Calcutta medical institutions reports 1879-81 [i.e.91]
Year: 1879
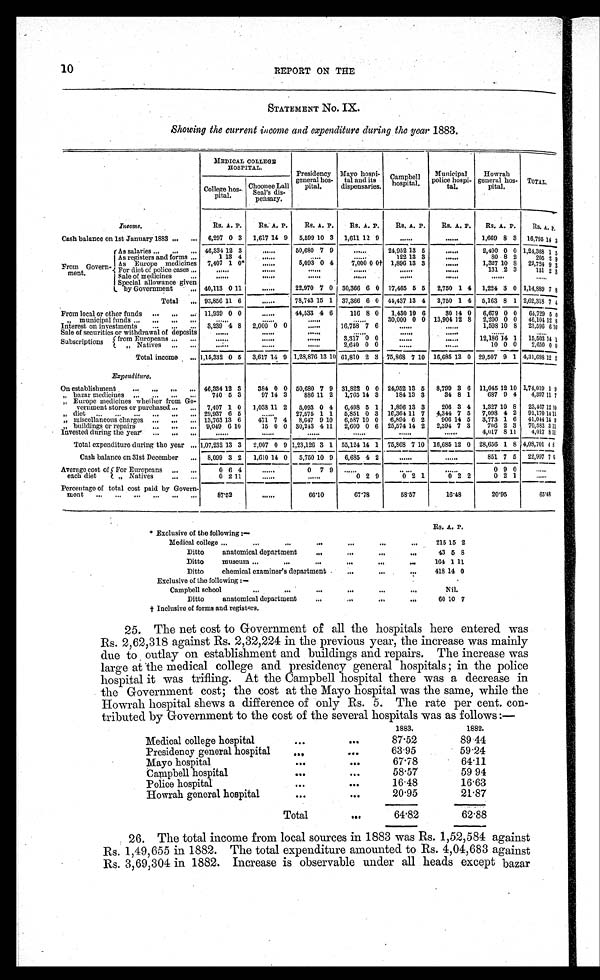
10
REPORT ON THE
STATEMENT No. IX.
Showing the current income and expenditure during the year 1883.
MEDICAL COLLEGE
HOSPITAL.
Presidency
general hos
pital.
Mayo hospi
tal and its
dispensaries.
Campbell
hospital.
Municipal
police hospi
tal.
Howrah
general hos
pital.
TOTAL.
College hos
pital.
Choonee Lall
Seal's dis
pensary.
Income.
Rs. A. P.
Rs. A. P.
Rs. A. P.
Rs. A. P. Rs. A. P.
Rs. A. P. Rs. A. P.
Rs. A.
P .
Cash balance on 1st January 1883 ...
. . . 6,297 0 3 1,617 14 9 5,599 10 3 1,611 12 9
. . . . . .
. . . . . . 1,669 8 3 16,795 14 3
From Govern
ment.
As salaries ... ...
. . . 46,334 12 3
. . . . . .
50,680 7 9
. . . . . .
24,952 13 5
. . . . . .
2,400 0 0 1,24,368 1 5
As registers and forms ...
1 13 4
. . . . . .
. . . . . .
. . . . . .
122 13 3
. . . . . .
80 8 2
205 2 9
As Europe medicines 7,407 1 0*
. . . . . .
5,093 0 4
7,000 0 0 † 1,896 13 3
. . . . . . 1,327 10 8 22,724 9 3
For diet of police cases ...
. . . . . .
. . . . . .
. . . . . .
. . . . . .
. . . . . .
......
131 2 3
131 2 3
Sale of medicines...
. . . . . .
. . . . . .
. . . . . .
. . . . . .
. . . . . .
......
. . . . . .
. . . . . .
Special allowance given
by Government
. . . 40,113 0 11
. . . . . .
22,970 7 0 30,366 6 0 17,465 5 5 2,750 1 4 1,224 3 0 1,14,889 7 8
Total
. . . 93,856 11 6
. . . . . .
78,743 15 1 37,366 6 0 44,437 13 4 2,750 1 4 5,163 8 1 2,62,318 7 4
From local or other funds ... ... . . . 11,939 0 0
. . . . . . 44,533 4 6
116 8 0 1,430 10 6
30 14 0 6,679 0 0 64,729 5 0
„ municipal funds ... ... ...
. . .
. . . . . .
. . . . . .
. . . . . .
. . . . . .
30,000 0 0 13,904 12 8 2,200 0 0 46,104 12 8
Interest on investments...
. . .
. . . 3,239 4 8 2,000 0 0
. . . . . .
16,758 7 6
. . . . . .
. . . . . . 1,598 10 8 23,596 6 1 0
Sale of securities or withdrawal of deposits
. . . . . .
. . . . . .
. . . . . .
. . . . . .
. . . . . .
. . . . . .
. . . . . .
. . . . . .
Subscriptions from Europeans ...
......
. . . . . .
. . . . . .
3,317 0 0
. . . . . .
. . . . . . 1 2 , 1 8 6
14 1 15,503 14 1
„ Natives ...
. . .
. . . . . .
. . . . . .
. . . . . .
2,640 0 0
. . . . . .
. . . . . .
10 0 0
2 , 6 5 0 0 0
Total income ... 1,15,332 0 5 3,617 14 9 1,28,876 13 10 61,810 2 3 75,868 7 10 16,685 12 0 29,507 9 1 4,31,698 1 2 2
E x p e n d i t u r e .
On establishment
... ... ...
. . . 46,334 12 3
384 0 0 50,680 7 9 31,822 0 0 24,952 13 5 8,799 3 6 11,045 12 10 1,74,019 1 9
„ bazar medicines...
... ...
. . . 740 5 3
97 14 3
886 11 2 1,765 14 3
184 13 3
34 8 1
687 9 4 4,397 1 1 7
„ Europe medicines whether from Go
vernment stores or purchased ...
. . . 7,407 1 0 1,038 11 2 5,093 0 4 6,498 5 1 1,896 13 3
206 3 4 1,327 10 8 23,467 1 2 1 0
„ diet ... ... ... ... ...
. . . 29,937 6 5
. . . . . .
27,575 1 1 5,851 0 3 16,364 11 7 4,344 7 5 7,098 4 2 91,170 1 4 1 1
„ miscellaneous charges ... ...
. . . 13,763 13 6
471 7 4 8,647 9 10 6,587 10 0 6,894 6 2
906 14 5 3,773 1 6 41,044 1 4 9
„ buildings or repairs
... ... . . .
9 , 0 4 9 6 10
15 0 0 30,243 4 11 2,600 0 6 25,574 14 2 2,394 7 3
706 2 3 70,583 3 1 1
Invested during the year ... ...
. . .
. . . . . .
. . . . . .
. . . . . .
. . . . . .
. . . . . .
. . . . . . 4,017 8 11
4,017 8 1 1
Total expenditure during the year . . . 1,07,232 13 3 2,007 0 9 1,23,126 3 1 55,124 14 1 75,868 7 10 16,685 12 0 28,656 1 8 4,08,701 4 8
Cash balance on 31st December
. . . 8,099 3 2 1,610 14 0 5,750 10 9 6,685 4 2 ......
. . . . . . 851 7 5 22,997 7 6
Average cost of
each diet
For Europeans
. . .
. . .
0 6 4
. . . . . .
0 7 9
. . . . . .
. . . . . .
. . . . . .
0 9 0
. . . . . .
„ Natives
... ...
0 2 11
. . . . . . ......
0 2 9
0 2 1
0 2 2
0 2 1
. . . . . .
Percentage of total cost paid by Govern
ment
. . .
. . .
. . .
. . .
. . .
87.52
. . . . . .
66.10
67.78
58.57
16.48
20. 95
6 5 . 4 8
* Exclusive of the following:—
Rs. A. P.
Medical college ...
...
...
...
...
...
. . .
215 15 2
Ditto anatomical department
... . . .
. . .
. . .
43 5 8
Ditto museum ...
...
...
... . . .
. . .
164 1 11
Ditto chemical examiner's department ... . . .
. . .
. . .
418 14 0
Exclusive of the following:
—
Campbell school
...
...
...
...
...
. . .
Nil.
Ditto anatomical department
...
...
. . .
60 10 7
† Inclusive of forms and registers.
25. The net cost to Government of all the hospitals here entered was
Rs. 2,62,318 against Rs. 2,32,224 in the previous year, the increase was mainly
due to outlay on establishment and buildings and repairs. The increase was
large at the medical college and presidency general hospitals; in the police
hospital it was trifling. At the Campbell hospital there was a decrease in
the Government cost; the cost at the Mayo hospital was the same, while the
Howrah hospital shews a difference of only Rs. 5. The rate per cent. con
tributed by Government to the cost of the several hospitals was as follows:—
1 8 8 3 .
1882.
Medical college hospital
...
. . .
87.52
89 44
Presidency general hospital
...
. . .
63.95
59.24
Mayo hospital
...
. . .
67.78
64.11
Campbell hospital
...
. . .
58.57
59 94
Police hospital
...
. . .
16.48
16.63
Howrah general hospital
...
. . .
20.95
21.87
Total
. . .
64.82
62.88
26. The total income from local sources in 1883 was Rs. 1,52,584 against
Rs. 1,49,655 in 1882. The total expenditure amounted to Rs. 4,04,683 against
Rs. 3,69,304 in 1882. Increase is observable under all heads except bazar